Report on sanitation, dispensaries, and jails in Rajputana for 1919, and on vaccination for the year 1919-1920 - 1919-1920
Year: 1919
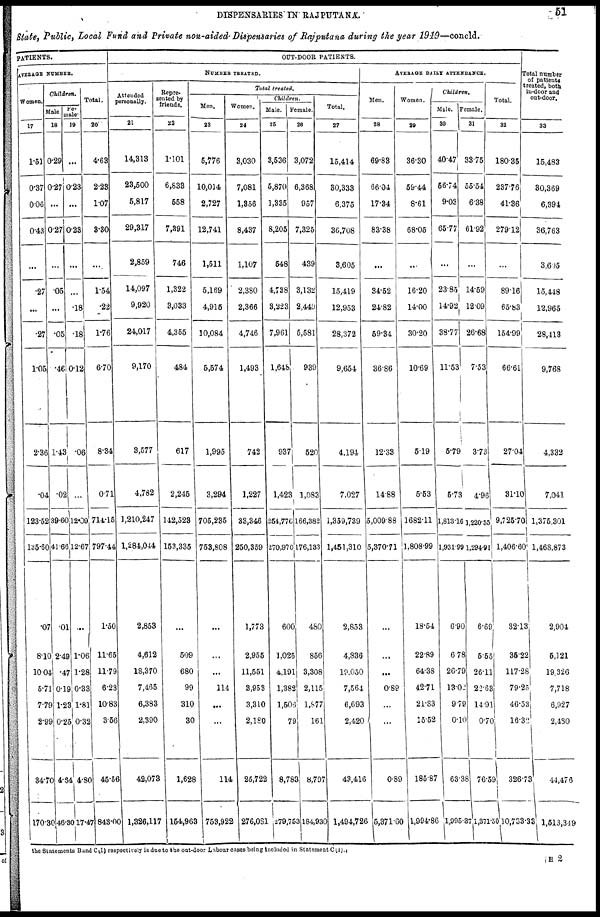
DISPENSARIES IN RAJPUTANA.
51
State, Public, Local Fund and Private non-aided Dispensaries of Rajputana during the year 1919—concld.
PATIENTS.
AVERAGE NUMBER.
Women.
17
1.51
0.37
0.06
0.43
...
.27
...
.27
1.05
2.36
.04
123.52
135.60
.07
8.10
10.04
5.71
7.79
2.99
34.70
170.30
Children.
Male.
18
0.29
0.27
...
0.27
...
.05
...
.05
.46
1.43
.02
39.60
41.66
.01
2.49
.47
0.19
1.23
0.25
4.64
46.30
Fe-
male.
19
...
0.23
...
0.23
...
...
.18
.18
0.12
.06
...
12.09
12.67
...
1.06
1.28
0.33
1.81
0.32
4.80
17.47
Total.
20
4.63
2.23
1.07
3.30
...
1.54
.22
1.76
6.70
8.34
0.71
714.15
797.44
1.50
11.65
11.79
6.23
10.83
3.56
45.56
843.00
OUT-DOOR PATIENTS.
NUMBER TREATED.
Attended
personally.
21
14,313
23,500
5,817
29,317
2,859
14,097
9,920
24,017
9,170
3,577
4,782
1,210,247
1,284,044
2,853
4,612
18,370
7,465
6,383
2,390
42,073
1,326,117
Repre-
sented by
friends.
22
1.101
6,833
558
7,391
746
1,322
3,033
4,355
484
617
2,245
142,523
153,335
...
509
680
99
310
30
1,628
154,963
Men.
23
5,776
10,014
2,727
12,741
1,511
5,169
4,915
10,084
5,574
1,995
3,294
705,235
753,808
...
...
...
114
...
...
114
753,922
Total treated.
Women.
24
3,030
7,081
1,356
8,437
1,107
2,380
2,366
4,746
1,493
742
1,227
33,346
250,359
1,773
2,955
11,551
3,953
3,310
2,180
25,722
276,081
Children.
Male.
25
3,536
5,870
1,335
8,205
548
4,738
3,223
7,96l
1,648
937
1,423
254,776
270,970
600
1,025
4,191
1,382
1,506
79
8,783
279,753
Female.
26
3,072
6,368
957
7,325
439
3,132
2,449
5,581
939
520
1,083
166,382
176,133
480
856
3,308
2,115
1,877
161
8,797
184,930
Total.
27
15,414
30,333
6,375
36,708
3,605
15,419
12,953
28,372
9,654
4,194
7,027
1,359,739
1,451,310
2,853
4,836
19,050
7,564
6,693
2,420
43,416
1,494,726
AVERAGE DAILY ATTENDANCE.
Men.
28
69.83
66.04
17.34
83.38
...
34.52
24.82
59.34
36.86
12.33
14.88
5,009.88
5,370.71
...
...
...
0.89
...
...
0.89
5,371.60
Women.
29
36.30
59.44
8.61
68.05
..
16.20
14.00
30.20
10.69
5.19
5.53
1682.11
1,808.99
18.54
22.89
64.38
42.71
21.83
15.52
185.87
1,994.86
Children.
Male.
30
40.47
56.74
9.03
65.77
...
23.85
14.92
38.77
11.53
5.79
5.73
1,813.16
1,931.99
6.90
6.78
26.79
13.02
9.79
0.10
63.38
1,995.37
Female.
31
33.75
55.54
6.38
61.92
...
14.59
12.09
26.68
7.53
3.73
4.96
1,220.55
1,294.91
6.69
5.55
26.11
22.63
14.91
0.70
76.59
1,371.50
Total.
32
180.35
237.76
41.36
279.12
...
89.16
65.83
154.99
66.61
27.04
31.10
9,725.70
1,406.60
32.13
35.22
117.28
79.25
46.53
16.32
326.73
10,733.33
Total number
of patients
treated, both
in-door and
out-door.
33
15,483
30,369
6,394
36,763
3,605
15,448
12,965
28,413
9,768
4,332
7,041
1,375,301
1,468,873
2,904
5,121
19,326
7,718
6,927
2,480
44,476
1,513,349
the Statements B and C(I) respectively is due to the out-door Labour cases being included in Statement C (I).
H
2